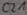
Text: C21